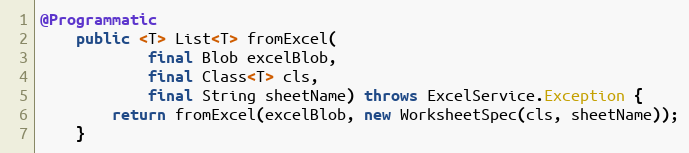
Language: Java
@Programmatic
    public <T> List<T> fromExcel(
            final Blob excelBlob,
            final Class<T> cls,
            final String sheetName) throws ExcelService.Exception {
        return fromExcel(excelBlob, new WorksheetSpec(cls, sheetName));
    }